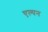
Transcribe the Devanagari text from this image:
एल्पन